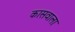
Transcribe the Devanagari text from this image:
कासवाला